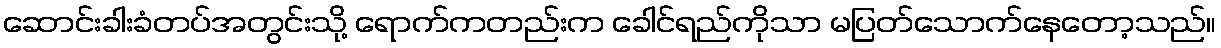
ဆောင်းခါးခံတပ်အတွင်းသို့ ရောက်ကတည်းက ခေါင်ရည်ကိုသာ မပြတ်သောက်နေတော့သည်။